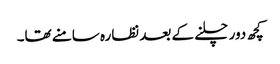
کچھ دور چلنے کے بعد نظارہ سامنے تھا۔